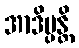
အာဒိပ္ပန္တိ